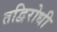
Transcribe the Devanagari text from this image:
तद्विरोधी